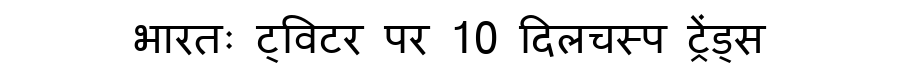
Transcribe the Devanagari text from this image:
भारतः ट्विटर पर 10 दिलचस्प ट्रेंड्स